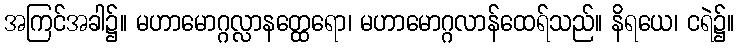
အကြင်အခါ၌။ မဟာမောဂ္ဂလ္လာနတ္ထေရော၊ မဟာမောဂ္ဂလာန်ထေရ်သည်။ နိရယေ၊ ငရဲ၌။